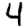
Digit: 4